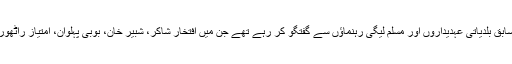
وہ گجرات میں اپنی رہائش گاہ پر مرکزی انجمن تاجران کے وفد، سابق بلدیاتی عہدیداروں اور مسلم لیگی رہنماؤں سے گفتگو کر رہے تھے جن میں افتخار شاکر، شبیر خان، بوبی پہلوان، امتیاز راٹھور، چودھری نثار آف خوجیانوالی اور چودھری اقبال بھی شامل تھے۔